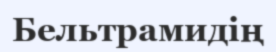
Бельтрамидің